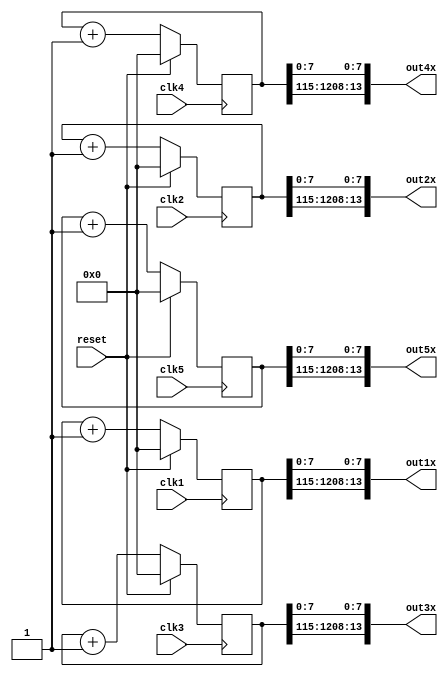
// 5 counter with 5 clock domain
// each counter has 130 bits
// each counter has 21 output

// test: placement , routing and performace for each clock domain

module counter120bitx5(clk1,clk2,clk3,clk4,clk5,out1x,out2x,out3x,out4x,out5x,reset);

input clk1,clk2,clk3,clk4,clk5,reset;

output [13:0] out1x;
output [13:0] out2x;
output [13:0] out3x;
output [13:0] out4x;
output [13:0] out5x;

reg [120:0] cnt1;
reg [120:0] cnt2;
reg [120:0] cnt3;
reg [120:0] cnt4;
reg [120:0] cnt5;


assign out1x = {cnt1[120:115],cnt1[7:0]};
assign out2x = {cnt2[120:115],cnt2[7:0]};
assign out3x = {cnt3[120:115],cnt3[7:0]};
assign out4x = {cnt4[120:115],cnt4[7:0]};
assign out5x = {cnt5[120:115],cnt5[7:0]};
                     

always  @(posedge clk1)

begin

    if (reset)

        cnt1 <=1'b0;

    else

        cnt1 <= cnt1+1;

end


always  @(posedge clk2)

begin

    if (reset)

        cnt2 <=1'b0;

    else

        cnt2 <= cnt2 +1;

end
always  @(posedge clk3)

begin

    if (reset)

        cnt3 <=1'b0;

    else

        cnt3 <= cnt3 +1;

end
always  @(posedge clk4)

begin

    if (reset)

        cnt4 <=1'b0;

    else

        cnt4 <= cnt4 +1;

end

always  @(posedge clk5)

begin

    if (reset)

        cnt5 <=1'b0;

    else

        cnt5 <= cnt5 +1;

end


endmodule